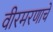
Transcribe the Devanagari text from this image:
वीरमरणाचे